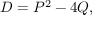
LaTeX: D = P ^ { 2 } - 4 Q ,